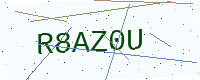
Text: R8AZ0U